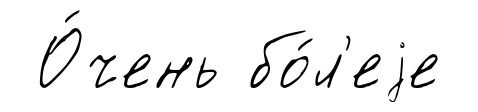
О́чень бо́л'еjе